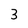
Character: 3